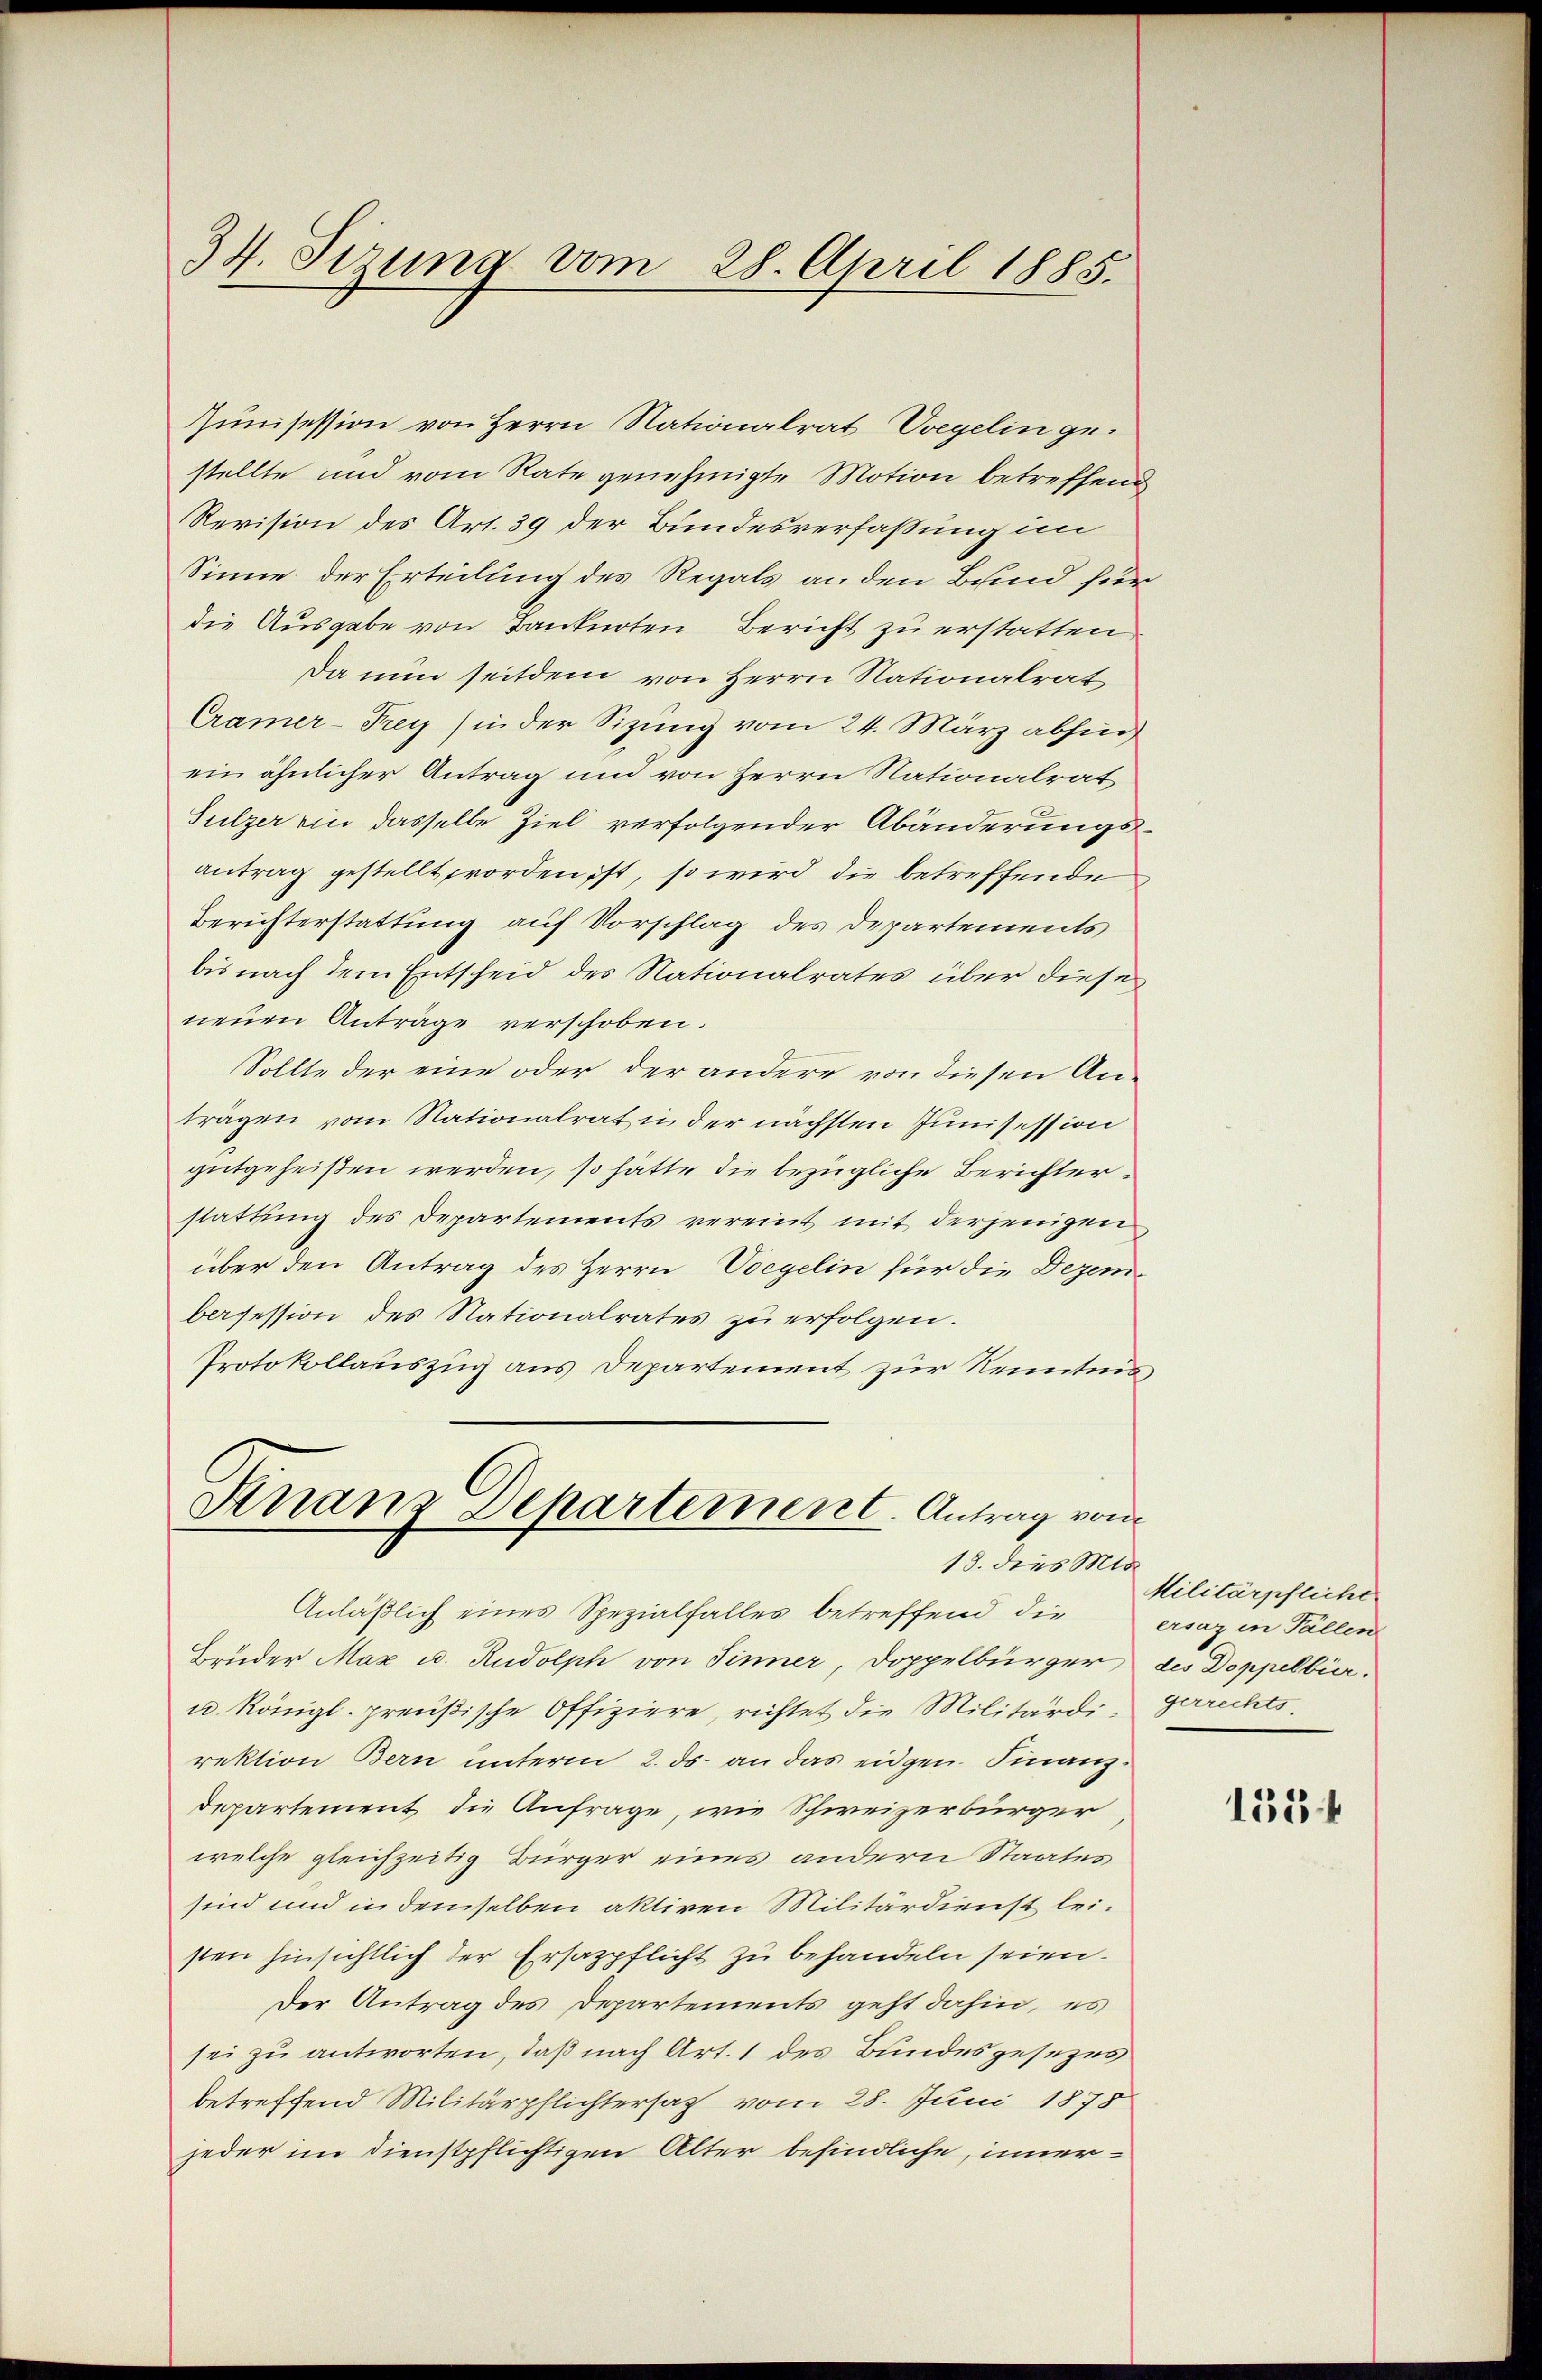
34. Sizung vom 28. April 1885.

Zunisession von Herrn Nationalrat regelin gestellte und vom Rate genehmigte Motion betreffend
Revision des Art. 39 der Bundesverfaßung im
Sinne der Erteilung des Regals an den Bund für
die Ausgabe von Banknoten Bericht zu erstatten,
Da nun seitdem von Herrn Nationalrat
Cramer-Frey in der Sizung vom 24. März abhin
ein ähnlicher Antrag und von Herrn Nationalrat
Sulzer ein dasselbe Ziel verfolgender Abänderungsantrag gestellt worden ist, so wird die betreffende
Berichterstattung auf Vorschlag des Departements
bis nach dem Entscheid des Nationalrates über diese
neuen Anträge verschoben.
Sollte der eine oder der andere von diesen Anträgen vom Nationalrat in der nächsten Junisession
gutgeheißen werden, so hätte die bezügliche Berichterstattung des Departements vereint mit derjenigen
über den Antrag des Herrn Vorgelin für die Dezembesession des Nationalrates zu erfolgen.
Protokollauszug aus Departement zur Kenntnis

Knanz Departement. Antrag vom
18. dies Mo

Anläßlich eines Spezialfalles betreffend die
Brüder Max u. Rudolph von Sinner, Doppelbürger des Doppelbür¬
u. Königl. preußische Offiziere, richtet die Militärdigerrechts
rektion Bern unterm 2. ds. an das eidgen. Finanz¬
Departement die Anfrage, wie Schweizerbürger
welche gleichzeitig Bürger eines andern Staates
sind und in demselben aktiven Militärdienst leisten hinsichtlich der Ersazpflicht zu behandeln seien.
Der Antrag des Departements geht dahin, es
sei zu antworten, daß nach Art. 1 des Bundesgesezes
betreffend Militärpflichtersach vom 28. Juni 1878
jeder im Dienstpflichtigen Alter befindliche, inner¬

Militärpfliche
ersaz in Fällen

155 f